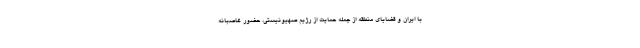
با ایران و قضایای منطقه از جمله حمایت از رژیم صهیونیستی، حضور غاصبانه